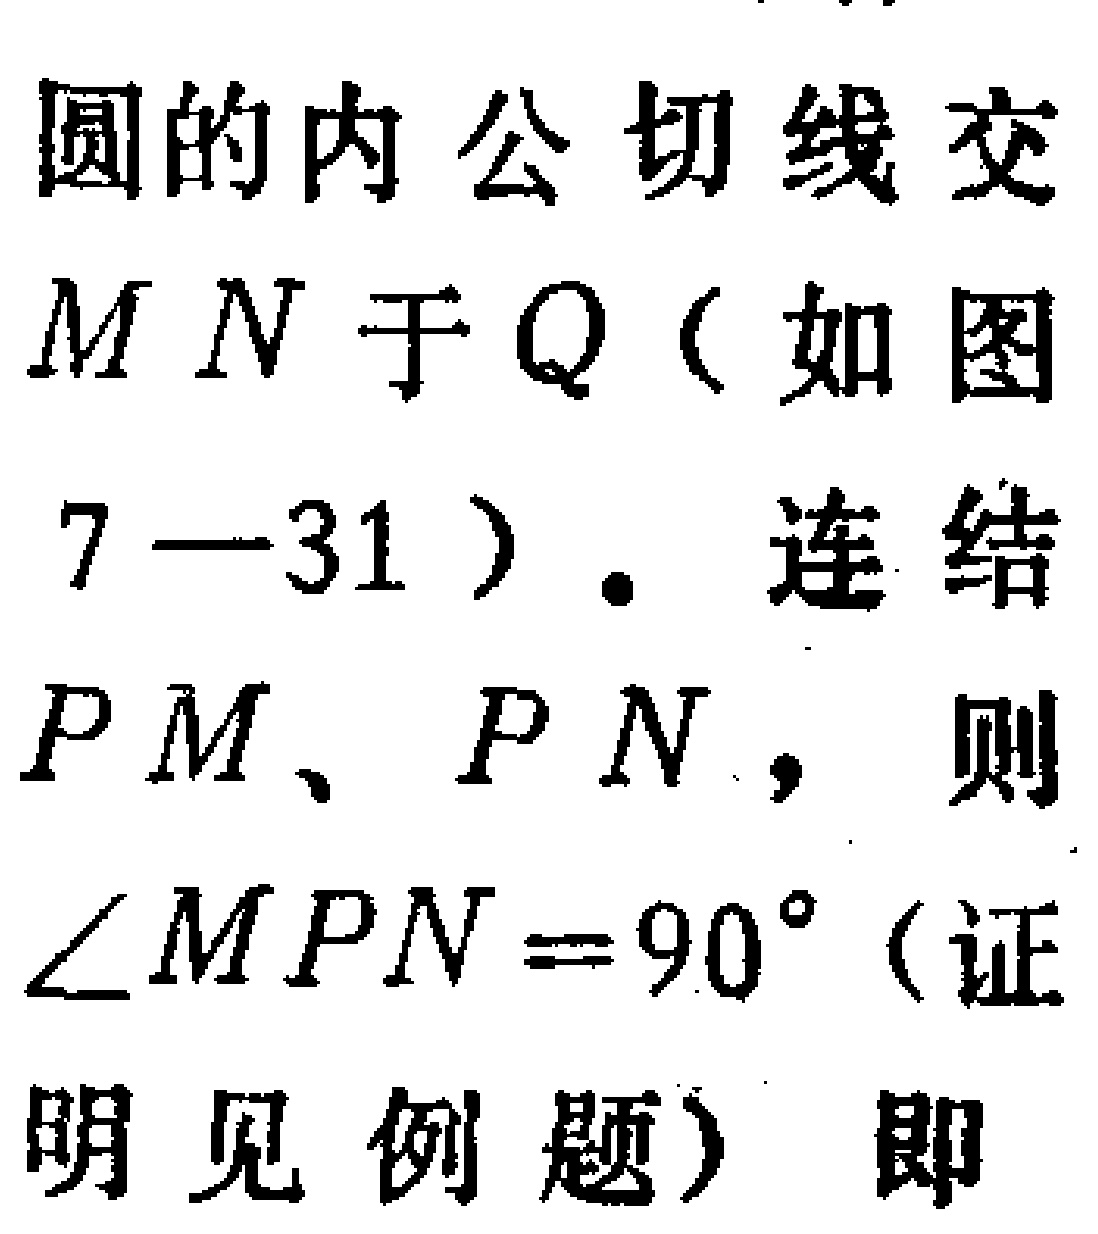
圆的内公切线交

$MN$于$Q$（如图

$7 - 31$）。连结

$PM$、$PN$，则

$\angle MPN = 90^{\circ}$（证

明见例题）即